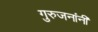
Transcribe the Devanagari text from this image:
गुरुजनांनी